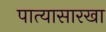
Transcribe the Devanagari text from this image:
पात्यासारखा